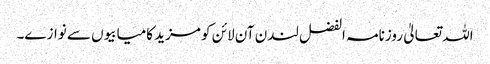
اللہ تعالیٰ روزنامہ الفضل لندن آن لائن کو مزید کامیابیوں سے نوازے۔